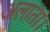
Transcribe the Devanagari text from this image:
अलाता।